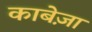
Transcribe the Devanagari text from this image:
काबेज़ा